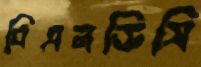
বিএনডিসি